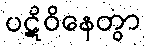
ပဋိဝိနေတွာ